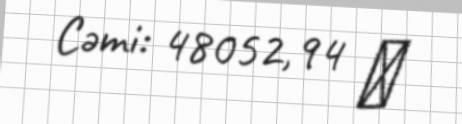
Cəmi: 48052,94 ₼